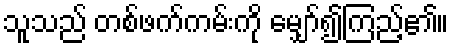
သူသည် တစ်ဖက်ကမ်းကို မျှော်၍ကြည့်၏။